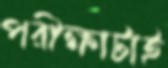
পরীক্ষাটাই